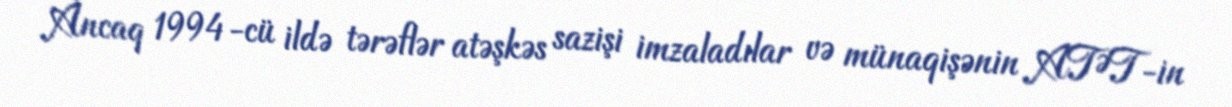
Ancaq 1994-cü ildə tərəflər atəşkəs sazişi imzaladılar və münaqişənin ATƏT-in